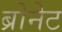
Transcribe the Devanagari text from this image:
ब्रोनेट